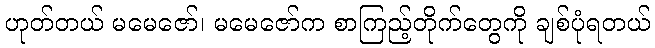
ဟုတ်တယ် မမေဇော်၊ မမေဇော်က စာကြည့်တိုက်တွေကို ချစ်ပုံရတယ်